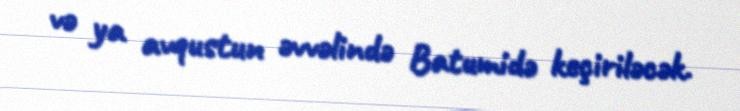
və ya avqustun əvvəlində Batumidə keçiriləcək.